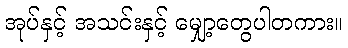
အုပ်နှင့် အသင်းနှင့် မျှော့တွေပါတကား။